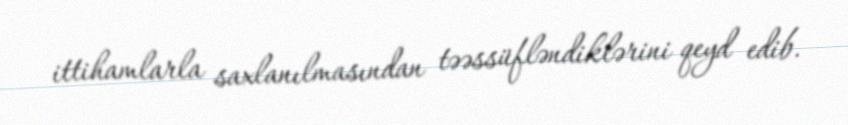
ittihamlarla saxlanılmasından təəssüfləndiklərini qeyd edib.